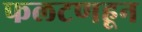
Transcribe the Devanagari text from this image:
फलटणहून